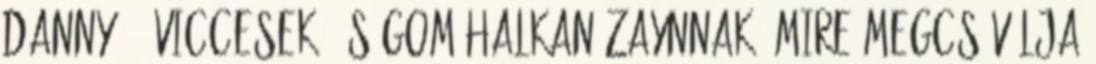
Danny. - Viccesek - súgom halkan Zaynnak, mire megcsóválja